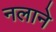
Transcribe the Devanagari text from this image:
नलाने